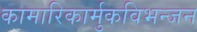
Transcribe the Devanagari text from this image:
कामारिकार्मुकविभन्जन